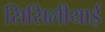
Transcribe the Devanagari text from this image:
सिसिलीयाई